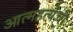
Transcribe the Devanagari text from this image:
आत्महत्येची